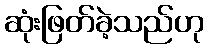
ဆုံးဖြတ်ခဲ့သည်ဟု